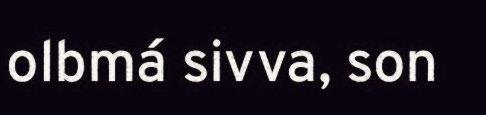
olbmá sivva, son